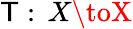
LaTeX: \mathsf{T}:\, X\toX